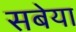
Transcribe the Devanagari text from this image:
सबेया